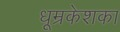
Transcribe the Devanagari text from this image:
धूम्रकेशका